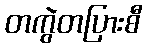
တကွဲတပြားစီ